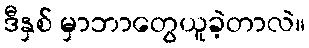
ဒီနှစ် မှာဘာတွေယူခဲ့တာလဲ။